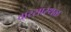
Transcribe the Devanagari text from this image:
वारसास्थळ